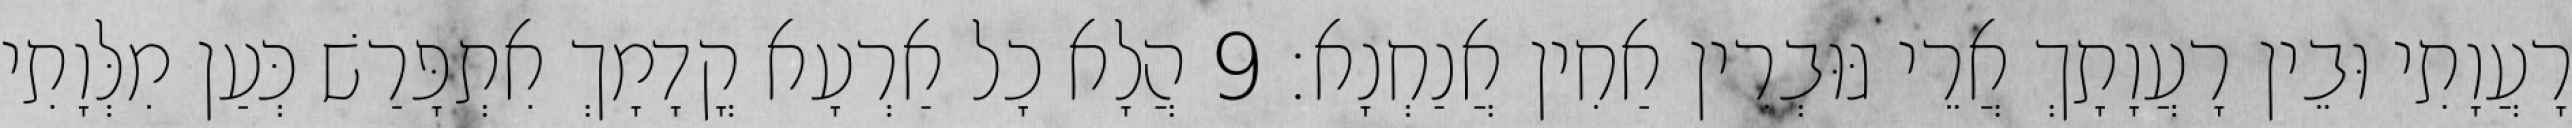
רָעֲוָתִי וּבֵין רָעֲוָתָךְ אֲרֵי גּוּבְרִין אַחִין אֲנַחְנָא׃ 9 הֲלָא כָל אַרְעָא קֳדָמָךְ אִתְפָּרַשׁ כְּעַן מִלְּוָתִי